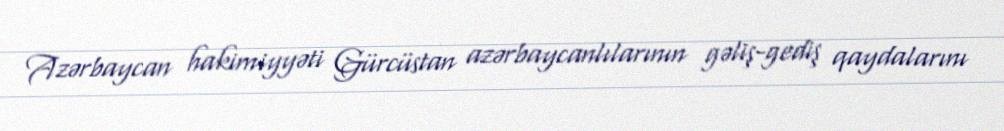
Azərbaycan hakimiyyəti Gürcüstan azərbaycanlılarının gəliş-gediş qaydalarını